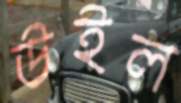
উইল